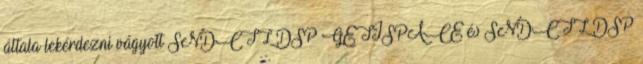
általa lekérdezni vágyott SNDCTL DSP GETISPACE és SNDCTL DSP